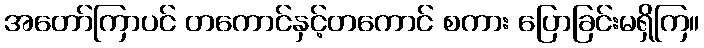
အတော်ကြာပင် တကောင်နှင့်တကောင် စကား ပြောခြင်းမရှိကြ။